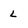
Character: L